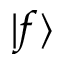
\vert f \rangle